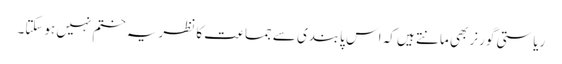
ریاستی گورنر بھی مانتے ہیں کہ اس پابندی سے جماعت کا نظریہ ختم نہیں ہوسکتا۔